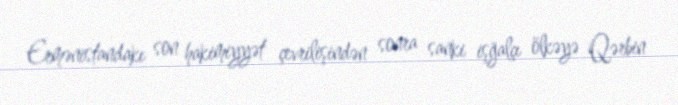
Ermənistandakı son hakimiyyət çevrilişindən sonra sanki işğalçı ölkəyə Qərbin